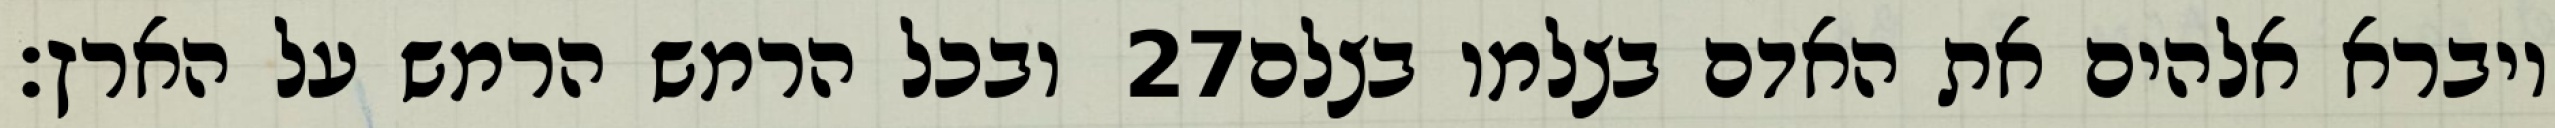
ובכל הרמש הרמש על הארץ׃ ‎27‏ ויברא אלהים את האדם בצלמו בצלם